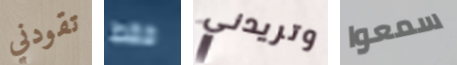
تقودني فقط وتريدني سمعوا